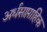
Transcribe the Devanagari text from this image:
अर्धसाप्ताहिक